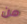
من